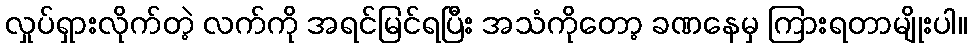
လှုပ်ရှားလိုက်တဲ့ လက်ကို အရင်မြင်ရပြီး အသံကိုတော့ ခဏနေမှ ကြားရတာမျိုးပါ။